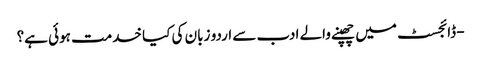
- ڈائجسٹ میں چھپنے والے ادب سے اردو زبان کی کیا خدمت ہوئی ہے؟